Leningradi_Edasi_toimetus, lk 107
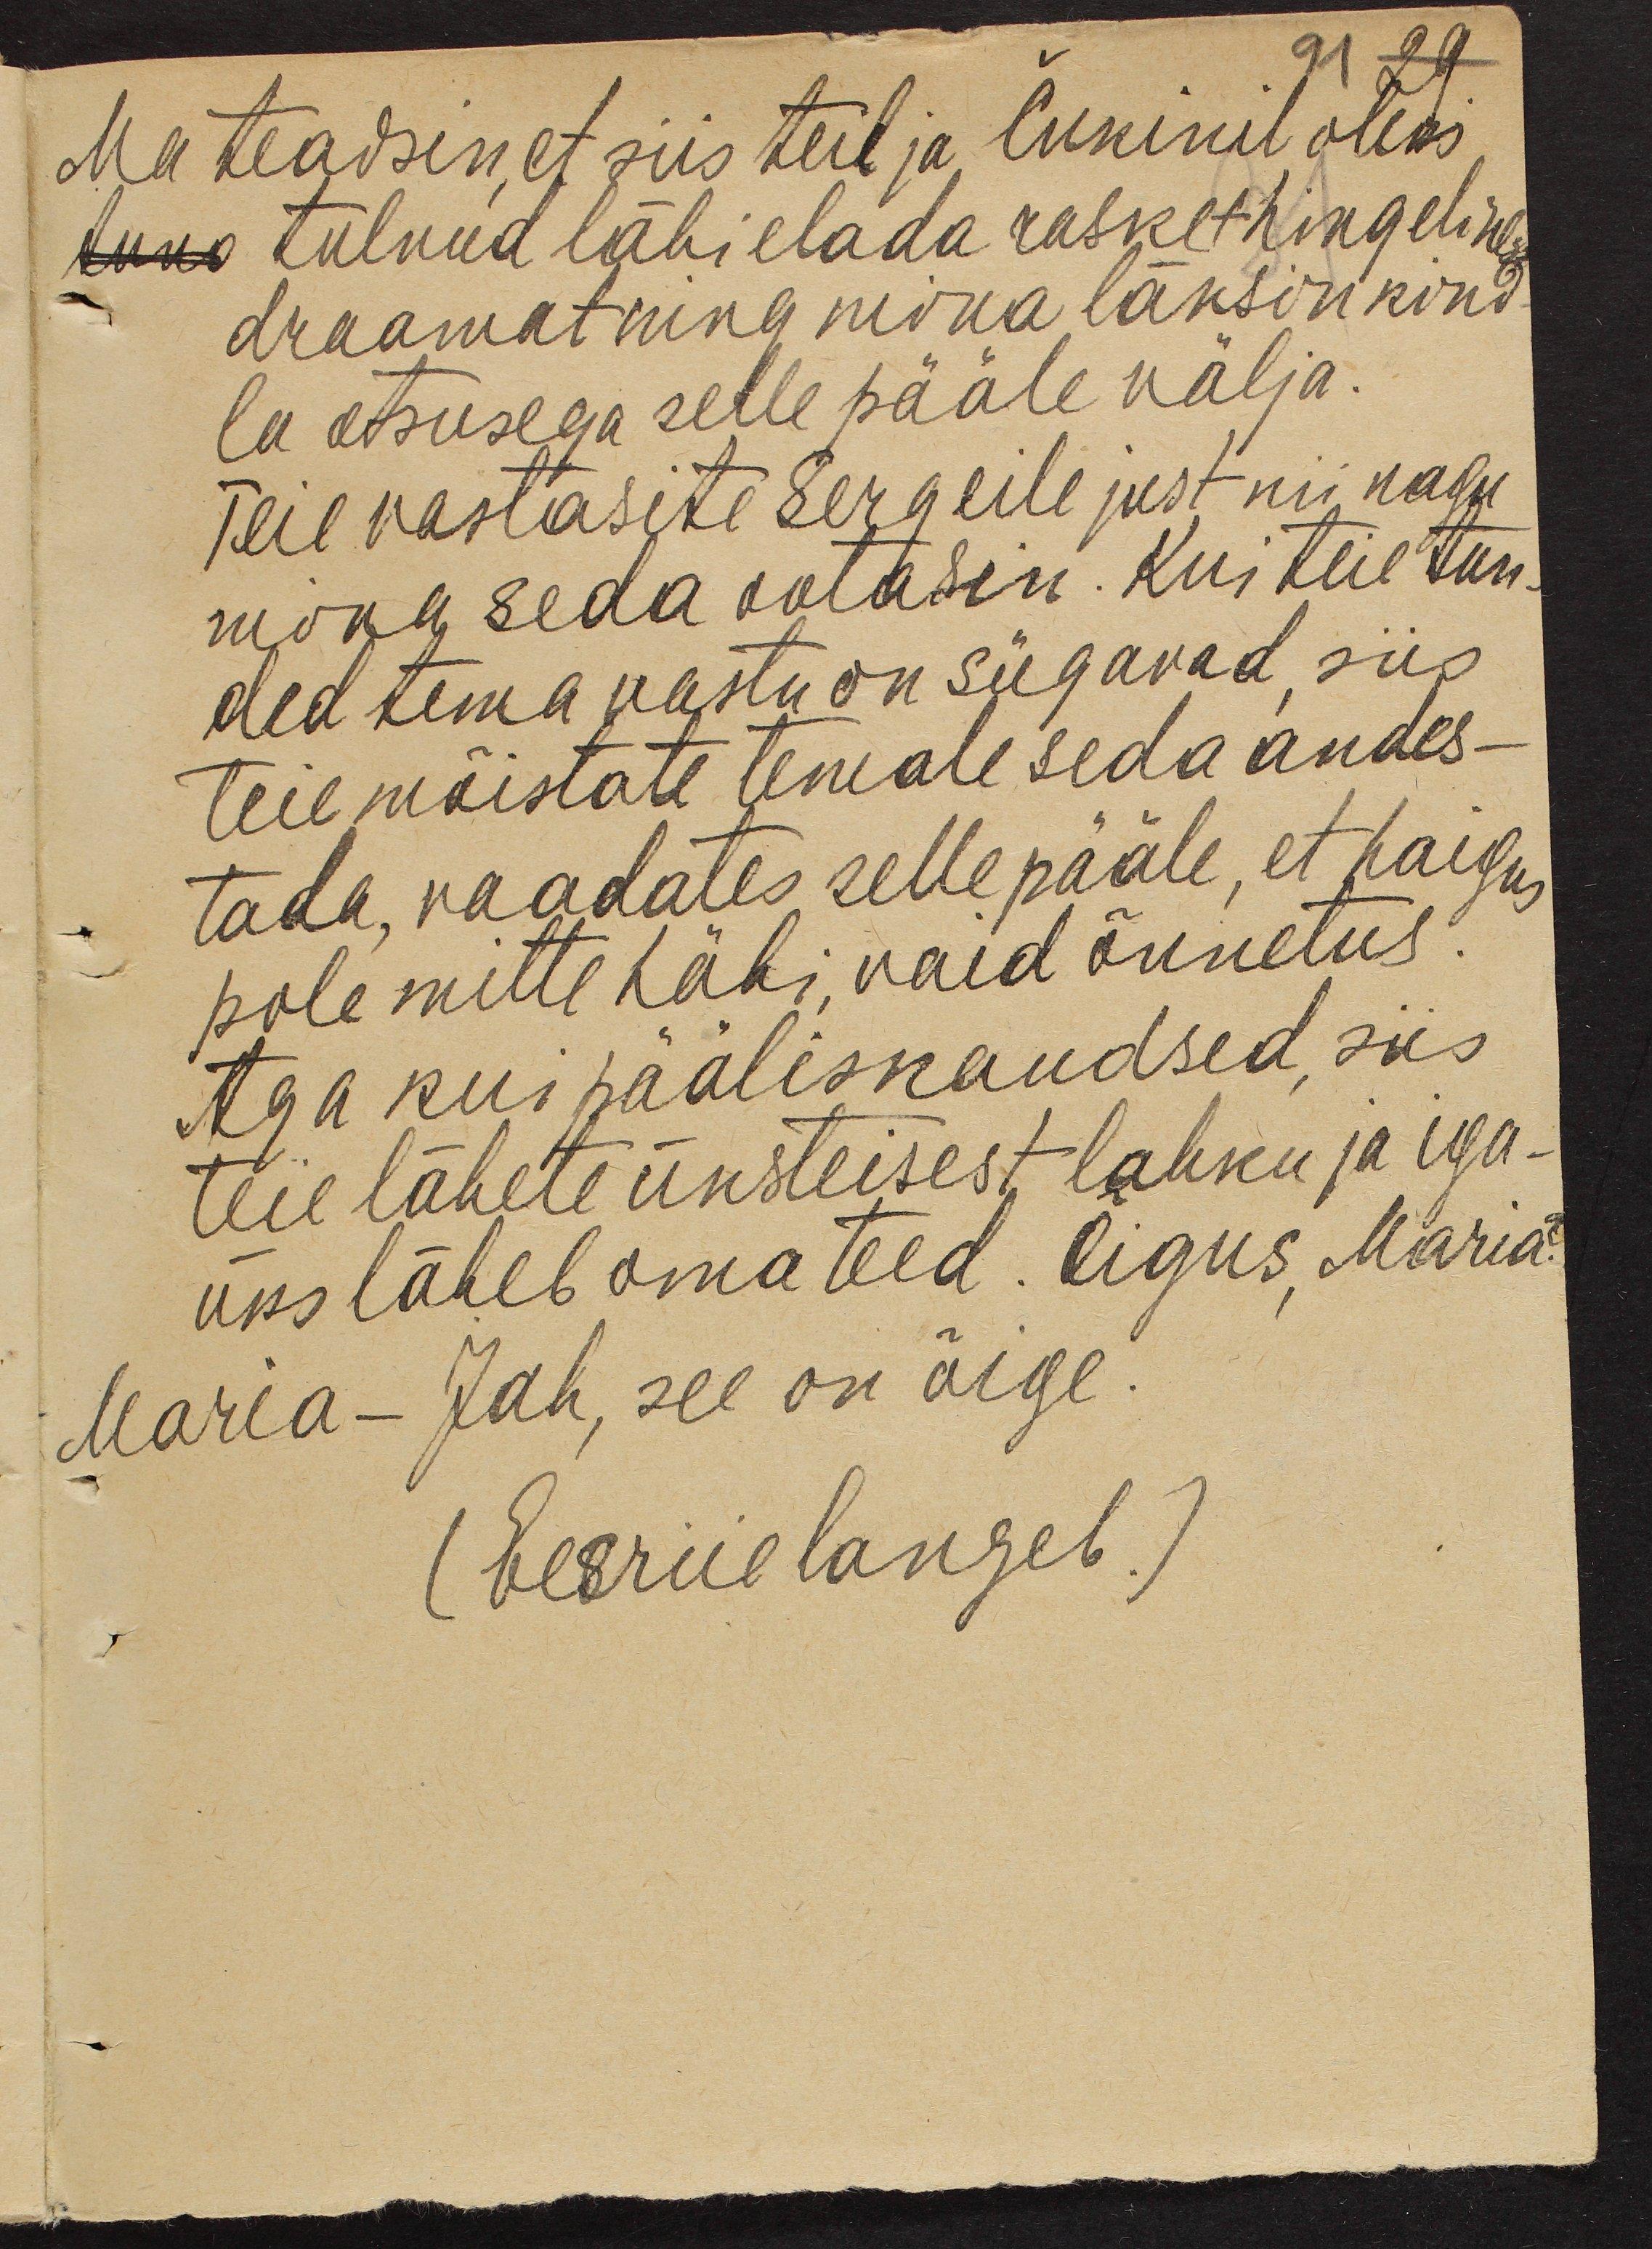
Ma teadsin, et siis teil ja Čukinil oleks
tuno tulnud läbi elada rasket hingeline
draamat ning mina läksin kind-
la otsusega selle pääle välja.
Teie vastasite Sergeile just nii nagu
mina seda ootasin. Kui teie tun-
ded tema vastu on sügavad, siis
teie mõistate temale seda andes-
tada, vaadates selle pääle, et haigus
pole mitte häbi, vaid õnnetus
Aga kui pääliskaudsed, siis
teie lähete üksteisest lahku ja iga-
üks läheb oma teed. Õigus, Maria?
Maria - Jah, see on õige.
(Eesriie langeb.)